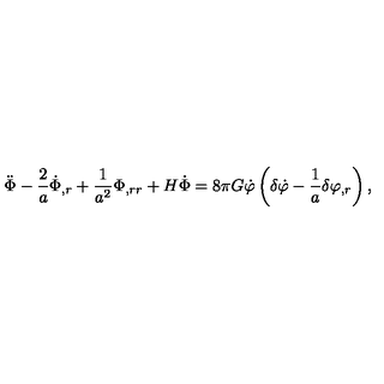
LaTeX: \ddot { \Phi } - \frac { 2 } { a } \dot { \Phi } _ { , r } + \frac { 1 } { a ^ { 2 } } \Phi _ { , r r } + H \dot { \Phi } = 8 \pi G \dot { \varphi } \left( \delta \dot { \varphi } - \frac { 1 } { a } \delta \varphi _ { , r } \right) ,